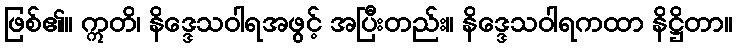
ဖြစ်၏။ ဣတိ၊ နိဒ္ဒေသဝါရအဖွင့် အပြီးတည်း။ နိဒ္ဒေသဝါရကထာ နိဋ္ဌိတာ။